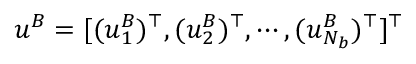
\boldsymbol { u } ^ { B } = [ ( \boldsymbol { u } _ { 1 } ^ { B } ) ^ { \top } , ( \boldsymbol { u } _ { 2 } ^ { B } ) ^ { \top } , \cdots , ( \boldsymbol { u } _ { N _ { b } } ^ { B } ) ^ { \top } ] ^ { \top }